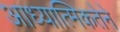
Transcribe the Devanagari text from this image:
आध्यात्मिकतेने